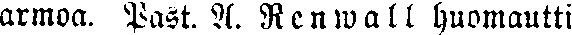
armoa, Past. A. Renwall huomautti